Annual report on the working of the mental hospitals in the Madras Presidency - 1912-1932
Year: 1912
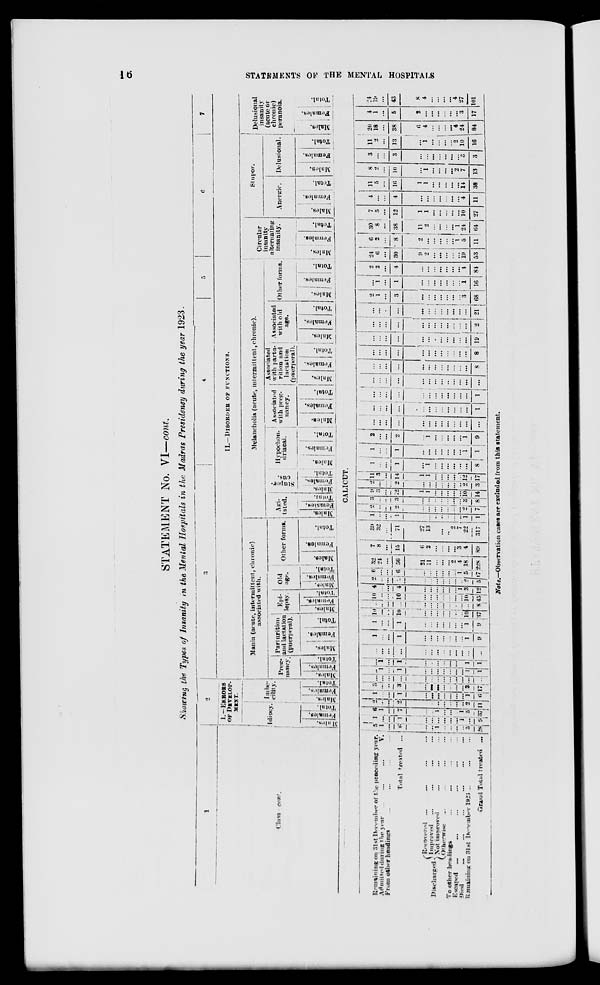
16
STATEMENTS
OF THE MENTAL HOSPITALS
STATEMENT No. VI—cont.
Showing the Types of Insanity in the Mental Hospitals in the Madras Presidency during the year 1923.
1
Class—cont.
2
I.—ERRORS
OF DEVELOP-
MENT.
Idiocy.
Males.
Females.
Total.
Imbe-
cility.
Males.
Females.
Total.
3
4
5
6
7
II.—DISORDER OF FUNCTIONS.
Mania (acute, intermittent, chronic)
associated with.
Preg-
nancy.
Males.
Females.
Total.
Parturition
and lactation
(puerperal).
Males.
Females.
Total.
Epi-
lepsy.
Males.
Females.
Total.
Old
age.
Males.
Females.
Total.
Other forms.
Males.
Females.
Total.
Melancholia (acute, intermittent, chronic).
Agi-
tated.
Males.
Females.
Total.
Stupor-
ous.
Males.
Females.
Total.
Hypochon-
drical.
Males.
Females.
Total.
Associated
with preg-
nancy.
Males.
Females.
Total.
Associated
with partu-
rition and
lactation
(puerperal).
Males.
Females.
Total.
Associated
with old
age.
Males.
Females.
Total.
Other forms.
Males.
Females.
Total.
Circular
insanity
alternating
insanity.
Males.
Females.
Total.
Stupor.
Anergic.
Males.
Females.
Total.
Delusional.
Males.
Females.
Total.
Delusional
insanity
(acute or
chronic)
peranoia.
Males.
Females.
Total.
CALICUT.
Remaining 31st December of the preceding year.
Admitted
during
the
year
...
...
...
...
From other headings ... ... ... ...
Total treated ...
Discharged.
Recovered
... ... ... ...
Improved
...
...
...
...
Not improved
...
...
...
Otherwise
...
...
...
...
To other headings
...
...
...
...
Escaped
...
...
...
...
...
...
Died ... ... ... ... ... ...
Remaining on 31st December 1923 ... ...
...
Grand Total treated ...
5
1
...
6
...
...
1
...
...
...
...
5
28
1
...
...
1
...
...
...
...
...
...
1
...
9
6
1
...
7
...
...
1
...
...
...
1
5
37
2
...
...
2
...
...
...
...
...
...
...
2
11
1
...
...
1
...
...
...
...
...
...
...
1
6
3
...
...
3
...
...
...
...
...
...
...
3
17
...
...
...
...
...
...
...
...
...
...
...
...
...
...
1
...
1
...
...
...
...
...
...
...
1
1
...
1
...
1
...
...
...
...
...
...
...
1
1
...
...
...
...
...
...
...
...
...
... ...
...
...
1
...
...
1
...
...
...
...
...
...
...
1
9
1
...
...
1
...
...
...
...
...
...
...
1
9
10
...
...
10
...
...
...
...
...
...
...
10
37
...
...
...
...
...
...
...
...
...
...
...
...
8
10
...
...
10
...
...
...
...
...
...
...
10
45
4
...
...
4
...
...
...
...
...
...
1
3
12
2
...
...
2
...
...
...
...
...
...
...
2
5
6
...
...
6
...
...
...
...
...
...
1
5
17
32 24
...
56
21
11
...
...
...
2 4
18
228
7
8
...
15
6
2
...
...
...
...
3
4
89
39
32
...
71
27
13
...
...
...
2
7
22
317
1
...
...
1
...
...
...
...
...
...
...
1
1
2
...
...
2
...
...
...
...
...
...
...
2
7
3
...
...
3
...
...
...
...
...
...
...
3
8
9
3
...
12
1
1
...
...
...
...
...
10
14
2
...
...
2
...
...
...
...
...
...
...
2
3
11
3
...
14
1
1
...
...
...
...
...
12
17
1
...
...
1
...
1
...
...
...
...
...
...
8
1
...
...
1
...
...
...
...
...
...
...
1
1
2
...
...
2
...
1
...
...
...
...
...
1
9
...
...
...
...
...
...
...
...
...
...
...
...
...
...
...
...
...
...
...
...
...
...
...
...
...
1
...
...
...
...
...
...
...
...
...
...
...
...
1
...
...
...
...
...
...
...
...
...
...
...
...
...
...
...
...
...
...
...
...
...
...
...
...
...
8
...
...
...
...
...
...
...
...
...
...
...
...
8
...
...
...
...
...
...
...
...
...
... ...
...
19
...
...
...
...
...
...
...
...
...
...
...
...
2
...
...
...
...
...
...
...
...
...
...
...
...
21
2
1
...
3
...
...
...
...
...
...
...
3
68
...
1
...
1
...
...
...
...
...
...
...
1
16
2
2
...
4
...
...
...
...
...
...
...
4
84
24
6
...
30
9
2
...
...
...
...
...
19
53
6
2
...
8
2
...
...
...
...
...
1
5
11
30
8
...
38
11
2
...
...
...
...
1
24
64
7
5
...
12
1
1
...
...
...
...
...
10
27
4
...
4
...
...
...
...
...
...
...
4
11
11
5
...
16
1
1
...
...
...
...
...
14
38
8
2
...
10
...
1
...
...
...
...
2
7
13
3
...
...
3
...
...
...
...
...
...
...
3
3
11
2
...
13
...
1
...
...
...
...
2
10
16
20
18
...
38
6
4
...
...
...
...
4
24
84
4
1
...
5
2
...
...
...
...
...
...
3
17
24
19
...
43
8
4
...
...
...
...
4
27
101
Note.—Observation cases are excluded from this statement.